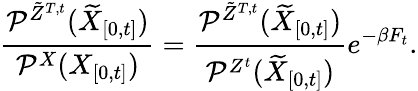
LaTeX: \frac{\mathcal{P}^{\tilde{Z}^{T,t}}(\widetilde{X}_{[0,t]})}{\mathcal{P}^{X}(X_{[0,t]})}=\frac{\mathcal{P}^{\tilde{Z}^{T,t}}(\widetilde{X}_{[0,t]})}{\mathcal{P}^{Z^{t}}(\widetilde{X}_{[0,t]})}e^{-\beta F_{t}}.